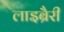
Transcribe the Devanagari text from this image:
लाइब्रैरी